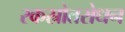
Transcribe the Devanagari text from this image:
रकस्रोतरोधन